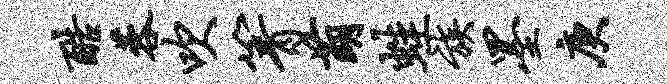
酷蓉吹箐萌蛙族墨庚